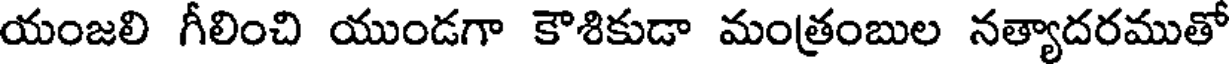
యంజలి గీలించి యుండగా కౌశికుడా మంత్రంబుల నత్యాదరముతో